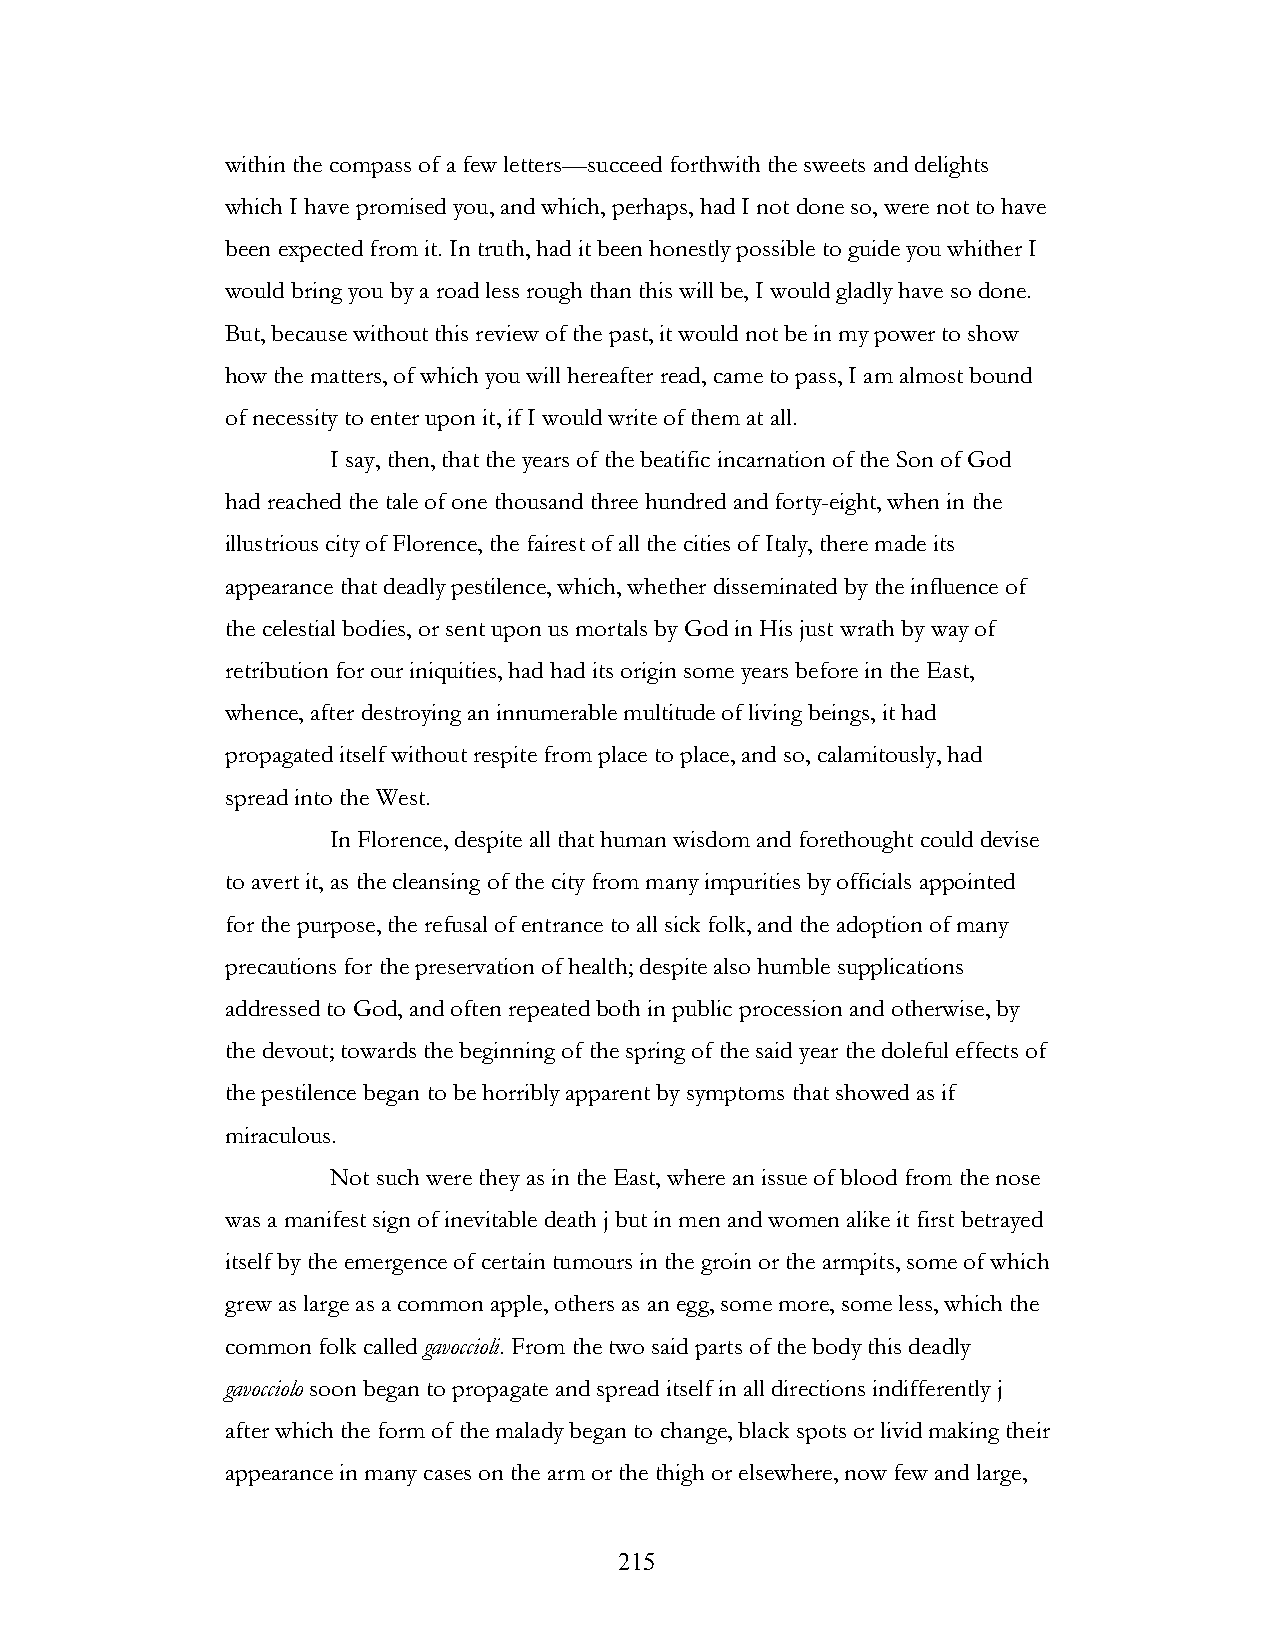
within the compass of a few letters—succeed forthwith the sweets and delights
 which I have promised you, and which, perhaps, had I not done so, were not to have
 been expected from it. In truth, had it been honestly possible to guide you whither I
 would bring you by a road less rough than this will be, I would gladly have so done.
 But, because without this review of the past, it would not be in my power to show
 how the matters, of which you will hereafter read, came to pass, I am almost bound
 of necessity to enter upon it, if I would write of them at all.
 I say, then, that the years of the beatific incarnation of the Son of God
 had reached the tale of one thousand three hundred and forty-eight, when in the
 illustrious city of Florence, the fairest of all the cities of Italy, there made its
 appearance that deadly pestilence, which, whether disseminated by the influence of
 the celestial bodies, or sent upon us mortals by God in His just wrath by way of
 retribution for our iniquities, had had its origin some years before in the East,
 whence, after destroying an innumerable multitude of living beings, it had
 propagated itself without respite from place to place, and so, calamitously, had
 spread into the West.
 In Florence, despite all that human wisdom and forethought could devise
 to avert it, as the cleansing of the city from many impurities by officials appointed
 for the purpose, the refusal of entrance to all sick folk, and the adoption of many
 precautions for the preservation of health; despite also humble supplications
 addressed to God, and often repeated both in public procession and otherwise, by
 the devout; towards the beginning of the spring of the said year the doleful effects of
 the pestilence began to be horribly apparent by symptoms that showed as if
 miraculous.
 Not such were they as in the East, where an issue of blood from the nose
 was a manifest sign of inevitable death j but in men and women alike it first betrayed
 itself by the emergence of certain tumours in the groin or the armpits, some of which
 grew as large as a common apple, others as an egg, some more, some less, which the
 common folk called gavoccioli. From the two said parts of the body this deadly
 gavocciolo soon began to propagate and spread itself in all directions indifferently j
 after which the form of the malady began to change, black spots or livid making their
 appearance in many cases on the arm or the thigh or elsewhere, now few and large,
 !                         215